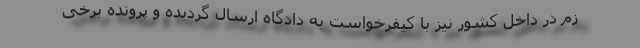
زم در داخل کشور نیز با کیفرخواست به دادگاه ارسال گردیده و پرونده برخی